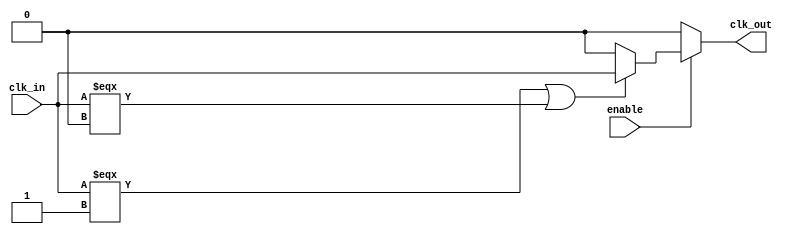
module clock_buffer (
    input wire clk_in,        // Single-ended clock input
    input wire enable,        // Enable signal for power-saving mode
    output wire clk_out       // Buffered clock output
);

    // Internal signals
    wire clk_protected;       // Protected clock signal
    wire clk_amp;             // Amplified clock signal

    // Input Protection (simple example using a tri-state buffer)
    assign clk_protected = (clk_in === 1'b1 || clk_in === 1'b0) ? clk_in : 1'b0;

    // Amplification Stage: Using a chain of inverters for amplification
    // You can use more stages based on your design requirements
    wire inv1, inv2;

    // First inverter stage
    assign inv1 = ~clk_protected;

    // Second inverter stage
    assign inv2 = ~inv1;

    // Final output stage
    // Output is enabled only if enable signal is high
    assign clk_out = enable ? inv2 : 1'b0; // If disabled, output is low

endmodule